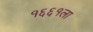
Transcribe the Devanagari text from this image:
१६६१ला